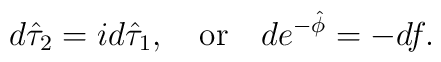
d\hat \tau_2 =  i d\hat \tau_1, \quad {\rm or} \quad  de^{-\hat\phi} = -d f  .